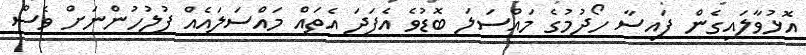
އޮޅުވާލައިގެން ފައިސާ ހޯދުމުގެ މައްސަލަ ބޮޑުވެ އެފަދަ އެތައް މައްސަލައެއް ފުލުހުންނަށް ވެސް